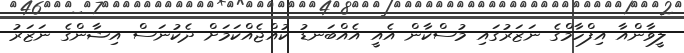
ލީވާންއާ އިފްހާމްގެ ނަޒަރުގައި މުސްކާން އެއީ އެއްބަނޑު ކުއްޖެއްކަމަށް ދެކުނަސް އިޝާންގެ ނަޒަރު